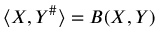
\langle X , Y ^ { \# } \rangle = B ( X , Y )